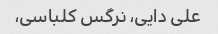
علی دایی، نرگس کلباسی،